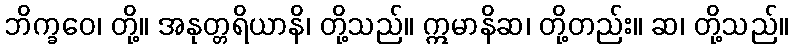
ဘိက္ခဝေ၊ တို့။ အနုတ္တရိယာနိ၊ တို့သည်။ ဣမာနိဆ၊ တို့တည်း။ ဆ၊ တို့သည်။